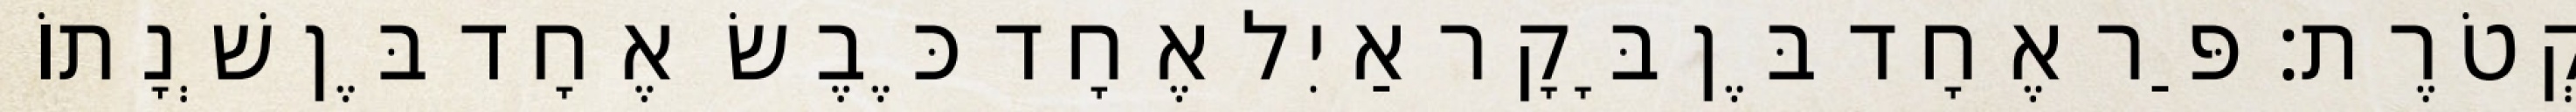
קְטֹרֶת׃ פַּר אֶחָד בֶּן בָּקָר אַיִל אֶחָד כֶּבֶשׂ אֶחָד בֶּן שְׁנָתוֹ